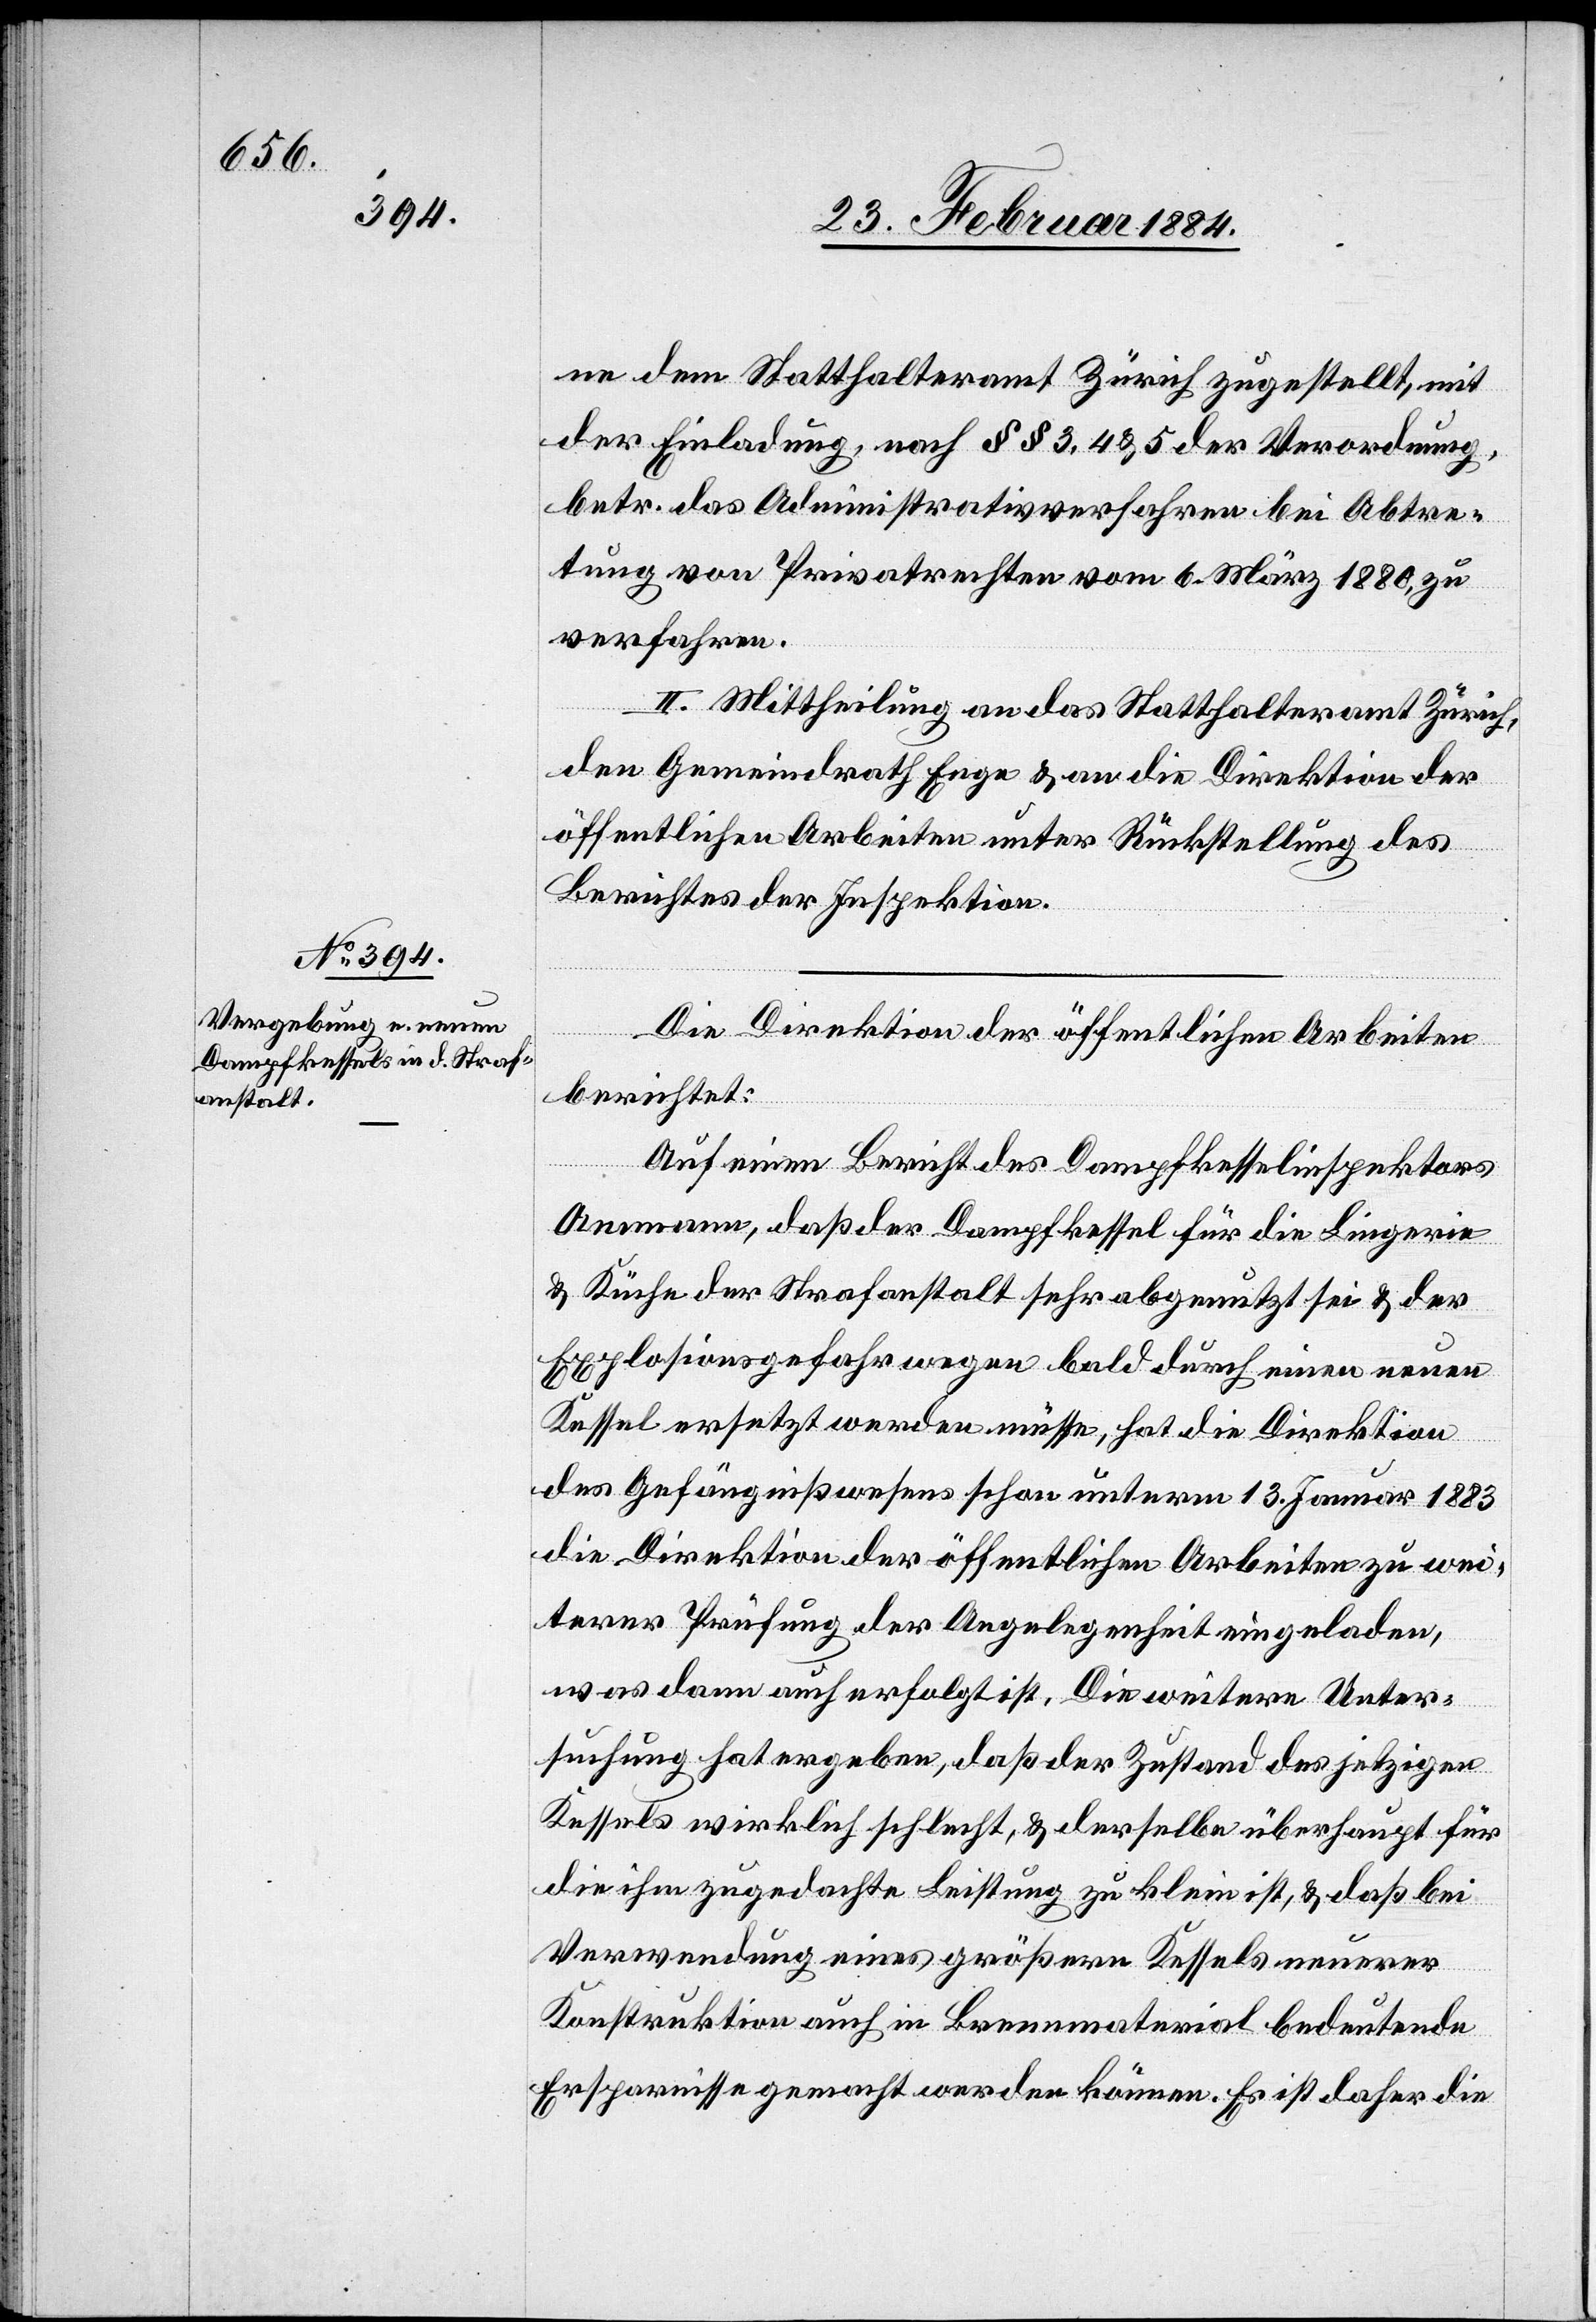
ne dem Statthalteramt Zürich zugestellt, mit
der Einladung, nach §§ 3 & 5 der Verordnung,
betr. das Administrativverfahren bei Abtre¬
tung von Privatrechten vom 6 März 1880 zu
verfahren.
II. Mittheilung an das Statthalteramt Zürich,
den Gemeindrath Enge & an die Direktion der
öffentlichen Arbeiten unter Rückstellung des
Berichtes der Inspektion.
Die Direktion der öffentlichen Arbeiten
berichtet:
Auf einen Bericht des Dampfkesselinspektors
Ammann, daß der Dampfkessel für die Lingerie
& Küche der Strafanstalt sehr abgenutzt sei & der
Explosionsgefahr wegen bald durch einen neuen
Kessel ersetzt werden müsse, hat die Direktion
des Gefängnißwesens schon unterm 13. Januar 1883
die Direktion der öffentlichen Arbeiten zu wei¬
terer Prüfung der Angelegenheit eingeladen,
was dann auch erfolgt ist. Die weitere Unter¬
suchung hat ergeben, daß der Zustand des jetzigen
Kessels wirklich schlecht, & [dieser] zu klein ist, &
Verwendung eines größeren Kessels neuerer
Konstruktion auch im Brennmaterial bedeutende
Ersparnisse gemacht werden können. Es ist daher die